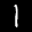
Label: 1